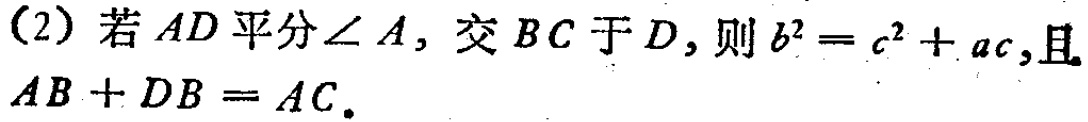
(2) 若 \(AD\) 平分\(\angle A\)，交 \(BC\) 于 \(D\)，则 \(b^{2}=c^{2}+ac\)，且 \(AB + DB = AC\)。